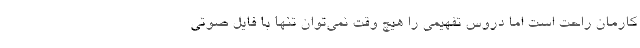
کارمان راحت است اما دروس تفهیمی را هیچ وقت نمی‌توان تنها با فایل صوتی